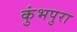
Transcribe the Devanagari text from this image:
कुंभपुरा